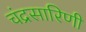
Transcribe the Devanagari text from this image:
चंद्रसारिणी